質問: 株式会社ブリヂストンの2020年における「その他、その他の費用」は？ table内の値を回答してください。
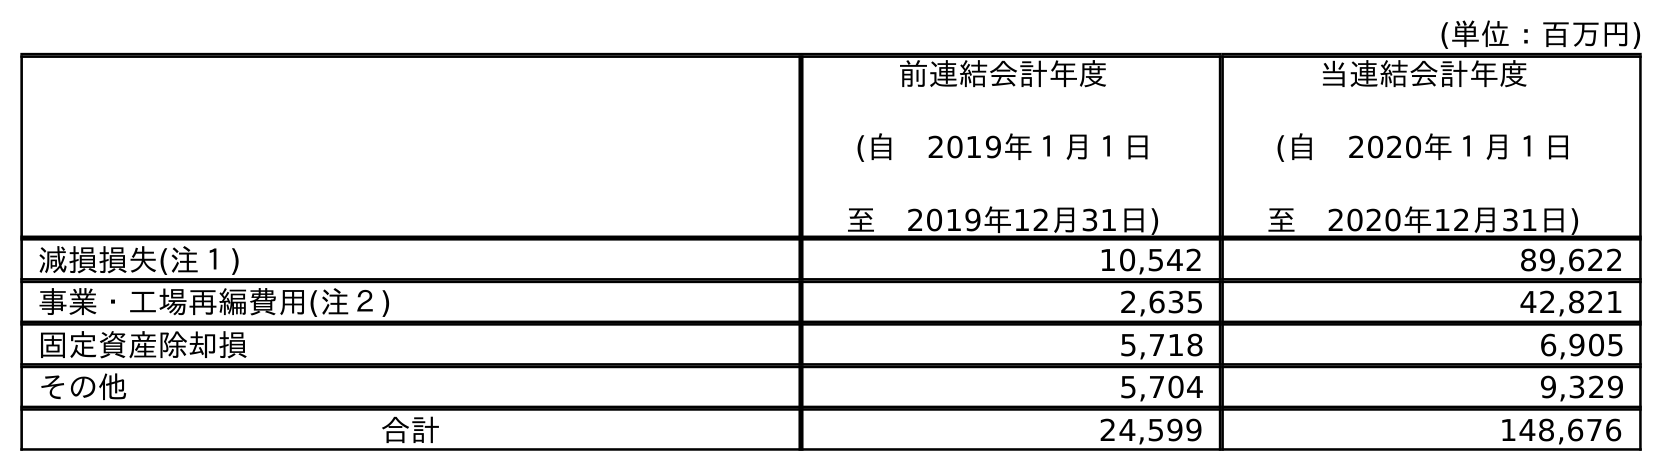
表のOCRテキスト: (単位：百万円) 前連結会計年度 (自 2019年１月１日 至 2019年12月31日) 当連結会計年度 (自 2020年１月１日 至 2020年12月31日) 減損損失(注１) 10,542 89,622 事業・工場再編費用(注２) 2,635 42,821 固定資産除却損 5,718 6,905 その他 5,704 9,329 合計 24,599 148,676
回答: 9,329